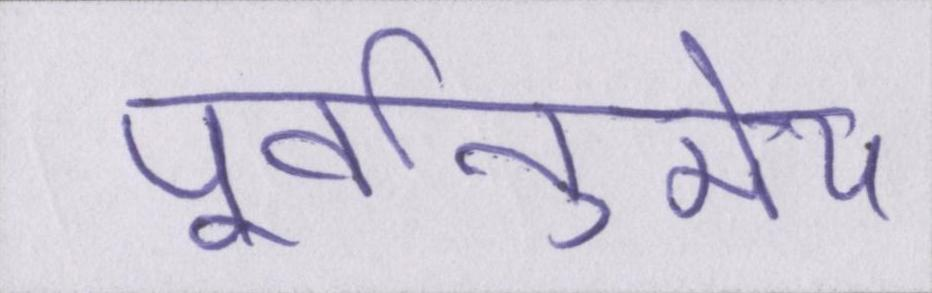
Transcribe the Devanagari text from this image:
पूर्वानुमेय